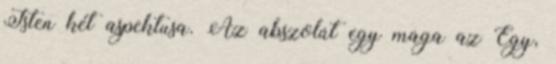
Isten két aspektusa. Az abszolút egy maga az Egy,